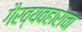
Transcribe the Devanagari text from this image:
गैरव्यवहाराचा